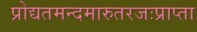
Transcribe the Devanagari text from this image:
प्रोद्यतमन्दमारुतरजःप्राप्ता